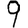
Digit: 9